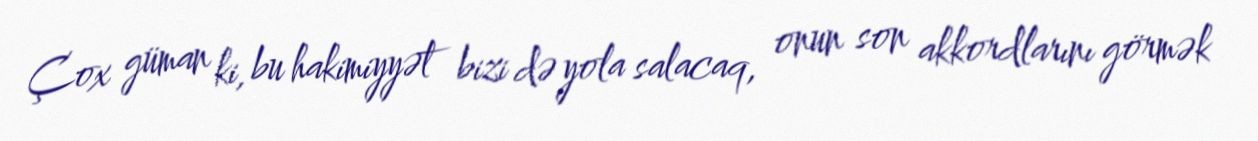
Çox güman ki, bu hakimiyyət bizi də yola salacaq, onun son akkordlarını görmək